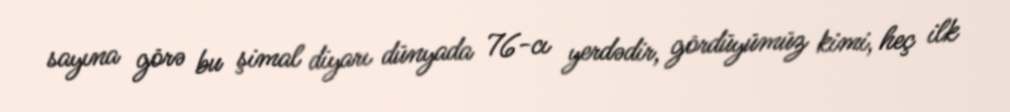
sayına görə bu şimal diyarı dünyada 76-cı yerdədir, gördüyümüz kimi, heç ilk